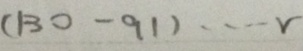
( 1 3 0 - 9 1 ) \cdots r